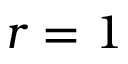
r = 1